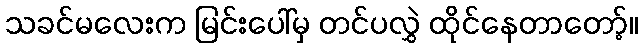
သခင်မလေးက မြင်းပေါ်မှ တင်ပလွှဲ ထိုင်နေတာတော့်။